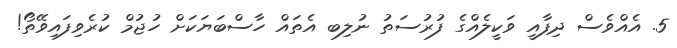
5. އެއްވެސް ދިފާއީ ވަކީލެއްގެ ފުރުސަތު ނުލިބ އެތައް ހާސްބަޔަކަށް ހުޖުމް ކުރެވިފައިވޭތޯ!